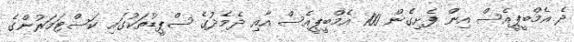
ދެ އެމްބީޕީއެސް އިން ފެށިގެން 100 އެމްބީޕީއެސް އާއި ދެމެދުގެ ސްޕީޑުތަކުގައި ކަސްޓަމަރުންގެ